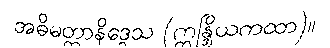
အဓိမတ္ထာနိဒ္ဒေသ (ဣန္ဒြိယကထာ)။